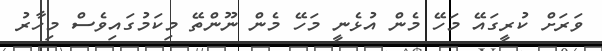
ވަރަށް ކުރީގައޭ މަހޭ މެން އުޅެނީ މަހޭ މެން ނޫންތޭ މިކަމުގައިވެސް މިހާރު